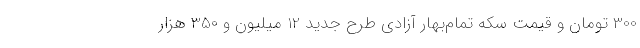
300 تومان و قیمت سکه تمام‌بهار آزادی طرح جدید 12 میلیون و 350 هزار